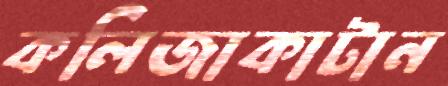
কলিজাকাটান